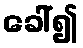
ခေါ်၍